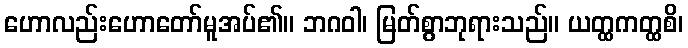
ဟောလည်းဟောတော်မူအပ်၏။ ဘဂဝါ၊ မြတ်စွာဘုရားသည်။ ယတ္ထကတ္ထစိ၊